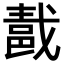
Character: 𨛚